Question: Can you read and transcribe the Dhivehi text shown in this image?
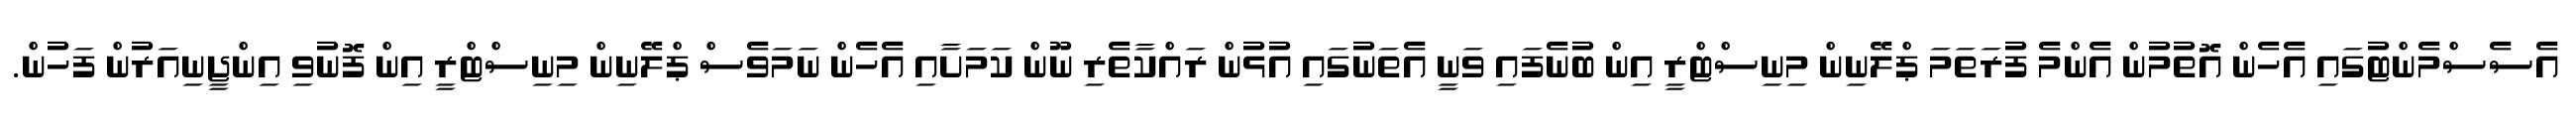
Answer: އެސެސްމެންޓުގައި އެހެން އޮތުމުން އެންމެ ފުރަތަމަ ޕްލޭނިން މިނިސްޓްރީ އިން ބުނެފައި ވަނީ އެތަނުގައި އުޅުން ރައްކާތެރި ނޫން ކަމަށާއި އެހެން ނަމަވެސް ޕްލޭނިން މިނިސްޓްރީ އިން ފޮނުވި އިންޖީނިއަރުން ފަހުން.